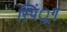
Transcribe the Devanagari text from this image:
स्पिं्रग